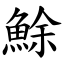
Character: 鮽